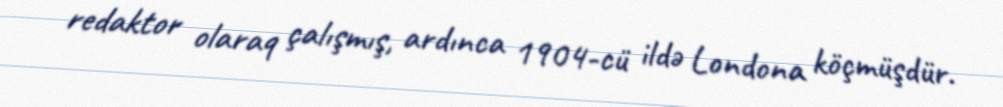
redaktor olaraq çalışmış, ardınca 1904-cü ildə Londona köçmüşdür.